Report on vaccination in Madras 1904-1921 - 1904-1921
Year: 1904
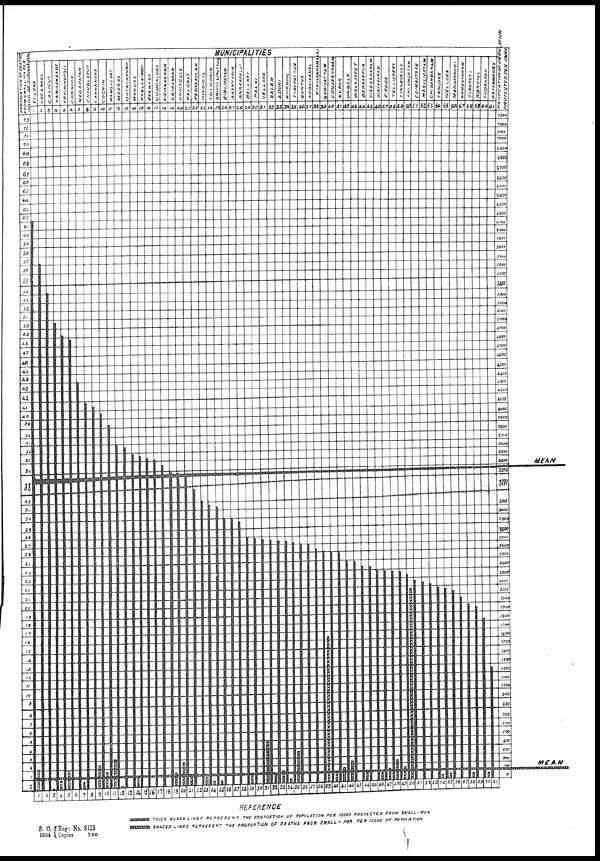
S. O.
1904
Reg: No.
Copies
8125
350